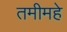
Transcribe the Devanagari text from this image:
तमीमहे